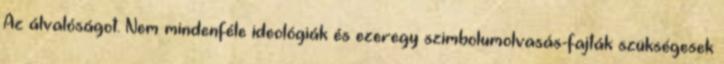
Az álvalóságot. Nem mindenféle ideológiák és ezeregy szimbolumolvasás-fajták szükségesek